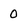
Character: 0